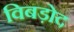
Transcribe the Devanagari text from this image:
विबड़ोद